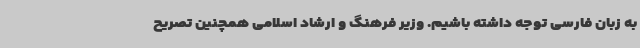
به زبان فارسی توجه داشته باشیم. وزیر فرهنگ و ارشاد اسلامی همچنین تصریح